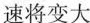
速将变大